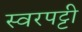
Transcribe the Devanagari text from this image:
स्वरपट्टी